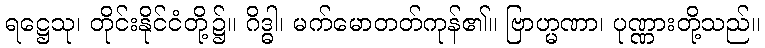
ရဋ္ဌေသု၊ တိုင်းနိုင်ငံတို့၌။ ဂိဒ္ဓါ၊ မက်မောတတ်ကုန်၏။ ဗြာဟ္မဏာ၊ ပုဏ္ဏားတို့သည်။